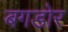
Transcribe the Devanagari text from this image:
बगडोर